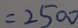
= 2 5 0 0